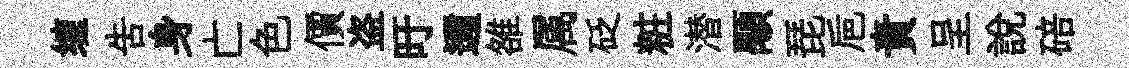
缠告身亡色價盗旴邇雒属砭粧潜顒琵巵責呈説碚